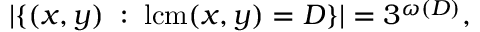
| \{ ( x , y ) \; : \; \operatorname { l c m } ( x , y ) = D \} | = 3 ^ { \omega ( D ) } ,